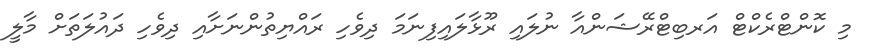
މި ކޮންޓްރެކްޓް އަރބިޓްރޭޝަންއާ ނުލައި ރޫޅާލައިފިނަމަ ދިވެހި ރައްޔިތުންނަށާއި ދިވެހި ދައުލަތަށް މާލީ